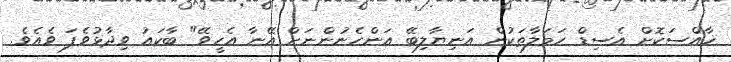
ޚާއްސަކޮށް އެސިޑް ހަމަލާތަކުން އަނިޔާލިބޭ އަންހެނުންނަށް އޭނާ އެހީވޭ" ބާކައު ވިދާޅުވެފަ ވެއެވެ.